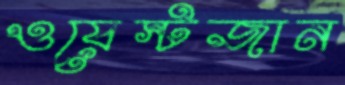
ওয়েস্টজান